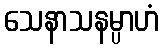
သေနာသနမ္ပာဟံ